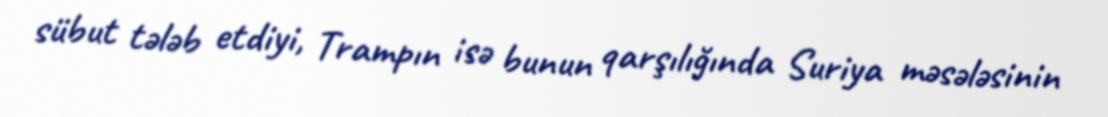
sübut tələb etdiyi, Trampın isə bunun qarşılığında Suriya məsələsinin